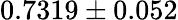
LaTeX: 0.7319\pm 0.052